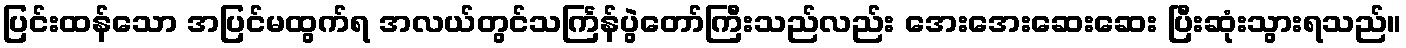
ပြင်းထန်သော အပြင်မထွက်ရ အလယ်တွင်သင်္ကြန်ပွဲတော်ကြီးသည်လည်း အေးအေးဆေးဆေး ပြီးဆုံးသွားရသည်။